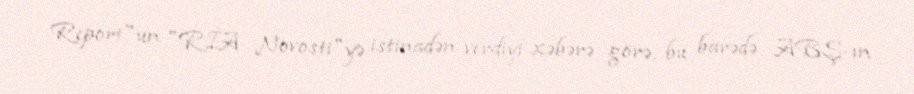
Report"un "RİA Novosti"yə istinadən verdiyi xəbərə görə, bu barədə ABŞ-ın